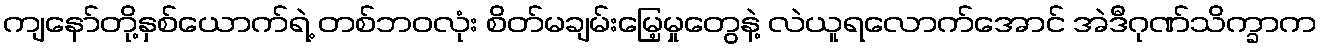
ကျနော်တို့နှစ်ယောက်ရဲ့ တစ်ဘဝလုံး စိတ်မချမ်းမြေ့မှုတွေနဲ့ လဲယူရလောက်အောင် အဲဒီဂုဏ်သိက္ခာက